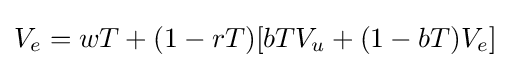
V_{e}=wT+(1-rT)[bTV_{u}+(1-bT)V_{e}]\;